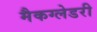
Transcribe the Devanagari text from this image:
मैकग्लेडरी